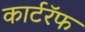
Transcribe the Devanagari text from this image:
कार्टरॅफ